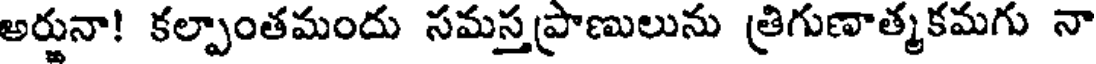
అర్జునా! కల్పాంతమందు సమస్తప్రాణులును త్రిగుణాత్మకమగు నా